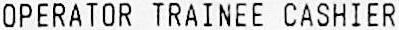
OPERATOR TRAINEE CASHIER